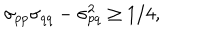
\sigma _ { p p } \sigma _ { q q } - \sigma _ { p q } ^ { 2 } \ge 1 / 4 ,